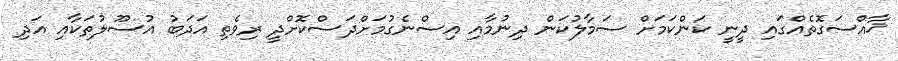
ޚާއްސަގޮތެއްގައި ދީނީ ކަންކަމަށް ސަމާލުކަން ދިނުމާއި އިސްނެގުމަށްދަސްކޮށްދީ ރިވެތި އަދަބު އުސޫލުތަކާއި އަދި